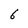
Character: 6